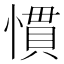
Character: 慣